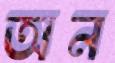
অন